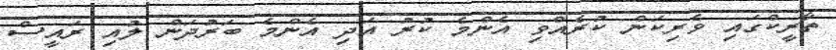
ތާރީކްގައި ވެރިކަން ކުރެއްވި އެންމެ ކުރު އަދި އެންމެ ބަރުދަން ލުއި ރައީސް